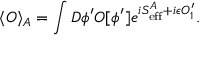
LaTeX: \langle O \rangle _ { A } = \int { \cal D } \phi ^ { \prime } O [ \phi ^ { \prime } ] e ^ { i S _ { \mathrm { e f f } } ^ { A } + i \epsilon O _ { 1 } ^ { \prime } } .